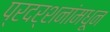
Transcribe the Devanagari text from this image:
प्रदर्शनांमधून